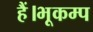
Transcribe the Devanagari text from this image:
हैं।भूकम्प